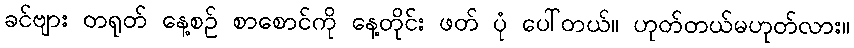
ခင်ဗျား တရုတ် နေ့စဉ် စာစောင်ကို နေ့တိုင်း ဖတ် ပုံ ပေါ်တယ်။ ဟုတ်တယ်မဟုတ်လား။